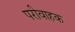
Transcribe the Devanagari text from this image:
परीवाहक